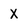
Character: X